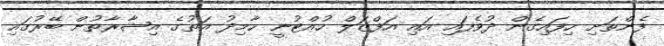
ފެންތަށި ހިފައިގެން ދުވެފައި އައި އަފްޒަލް ހުއްޓުނީ ހާމިދު އަތުގެ އިޝާރާތުން ބޭރުގައި